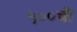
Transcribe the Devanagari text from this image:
५००ची